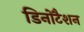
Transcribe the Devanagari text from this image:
डिनोटैशन